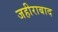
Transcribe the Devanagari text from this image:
जहीराबाद